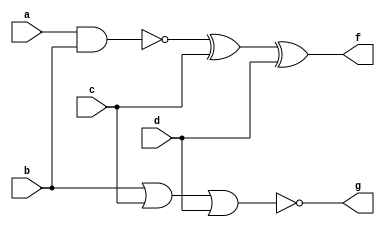
module q2s(a,b,c,d,f,g);
input a,b,c,d;
output f,g;

nand(h,a,b);
nor(g,b,c,d);
xor(f,h,c,d);

endmodule